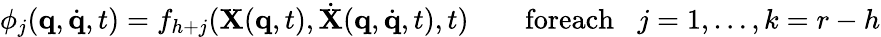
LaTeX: \phi_{j}({\mathbf q},{\dot{\mathbf q}},t)=f_{h+j}({\mathbf X}({\mathbf q},t),{\dot{\mathbf X}}({\mathbf q},{\dot{\mathbf q}},t),t)\qquad\textrm{foreach}\; \; \; j=1,\dots,k=r-h